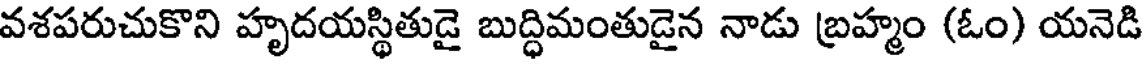
వశపరుచుకొని హృదయస్థితుడై బుద్ధిమంతుడైన నాడు బ్రహ్మం (ఓం) యనెడి